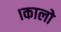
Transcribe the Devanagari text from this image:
।कालो